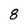
Character: 8